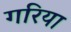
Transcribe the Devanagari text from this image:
गरिया